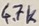
Text: 4.74K